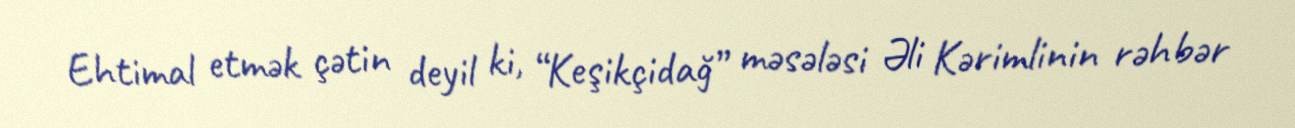
Ehtimal etmək çətin deyil ki, “Keşikçidağ” məsələsi Əli Kərimlinin rəhbər